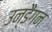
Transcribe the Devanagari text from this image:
उन्डैंगन